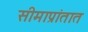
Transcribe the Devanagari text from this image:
सीमाप्रांतात